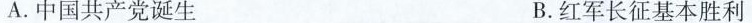
A.中国共产党诞生 B.红军长征基本胜利